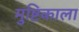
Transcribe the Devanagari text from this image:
मुष्टिकाला